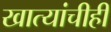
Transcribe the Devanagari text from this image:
खात्यांचीही